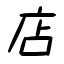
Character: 店